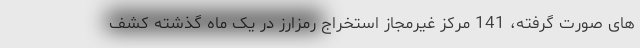
های صورت گرفته، 141 مرکز غیرمجاز استخراج رمزارز در یک ماه گذشته کشف